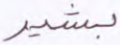
بشير